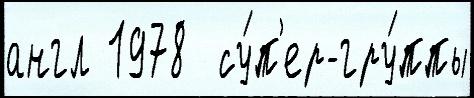
англ 1978  су́п'ер-гру́ппы